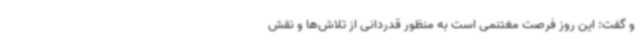
و گفت: این روز فرصت مغتنمی است به منظور قدردانی از تلاش‌ها و نقش‌